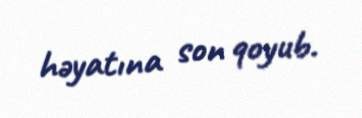
həyatına son qoyub.